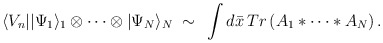
\begin{align*}\langle V_{n}||\Psi_{1}\rangle_{1}\otimes\cdots\otimes|\Psi_{N}\rangle_{N}\;\sim\,\;\int d\bar{x}\,Tr\left( A_{1}\ast\cdots\ast A_{N}\right) .\end{align*}